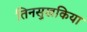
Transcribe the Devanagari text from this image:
तिनसुखकिया